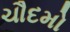
ચૌદમો